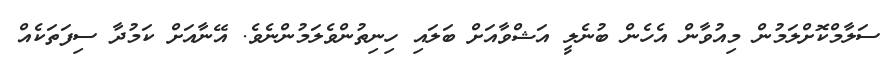
ސަލާމްކޮށްލަމުން މިއުވާން އެހެން ބުނެލީ އަޝްވާއަށް ބަލައި ހިނިތުންވެލަމުންނެވެ. އޭނާއަށް ކަމުދާ ސިފަތަކެއް